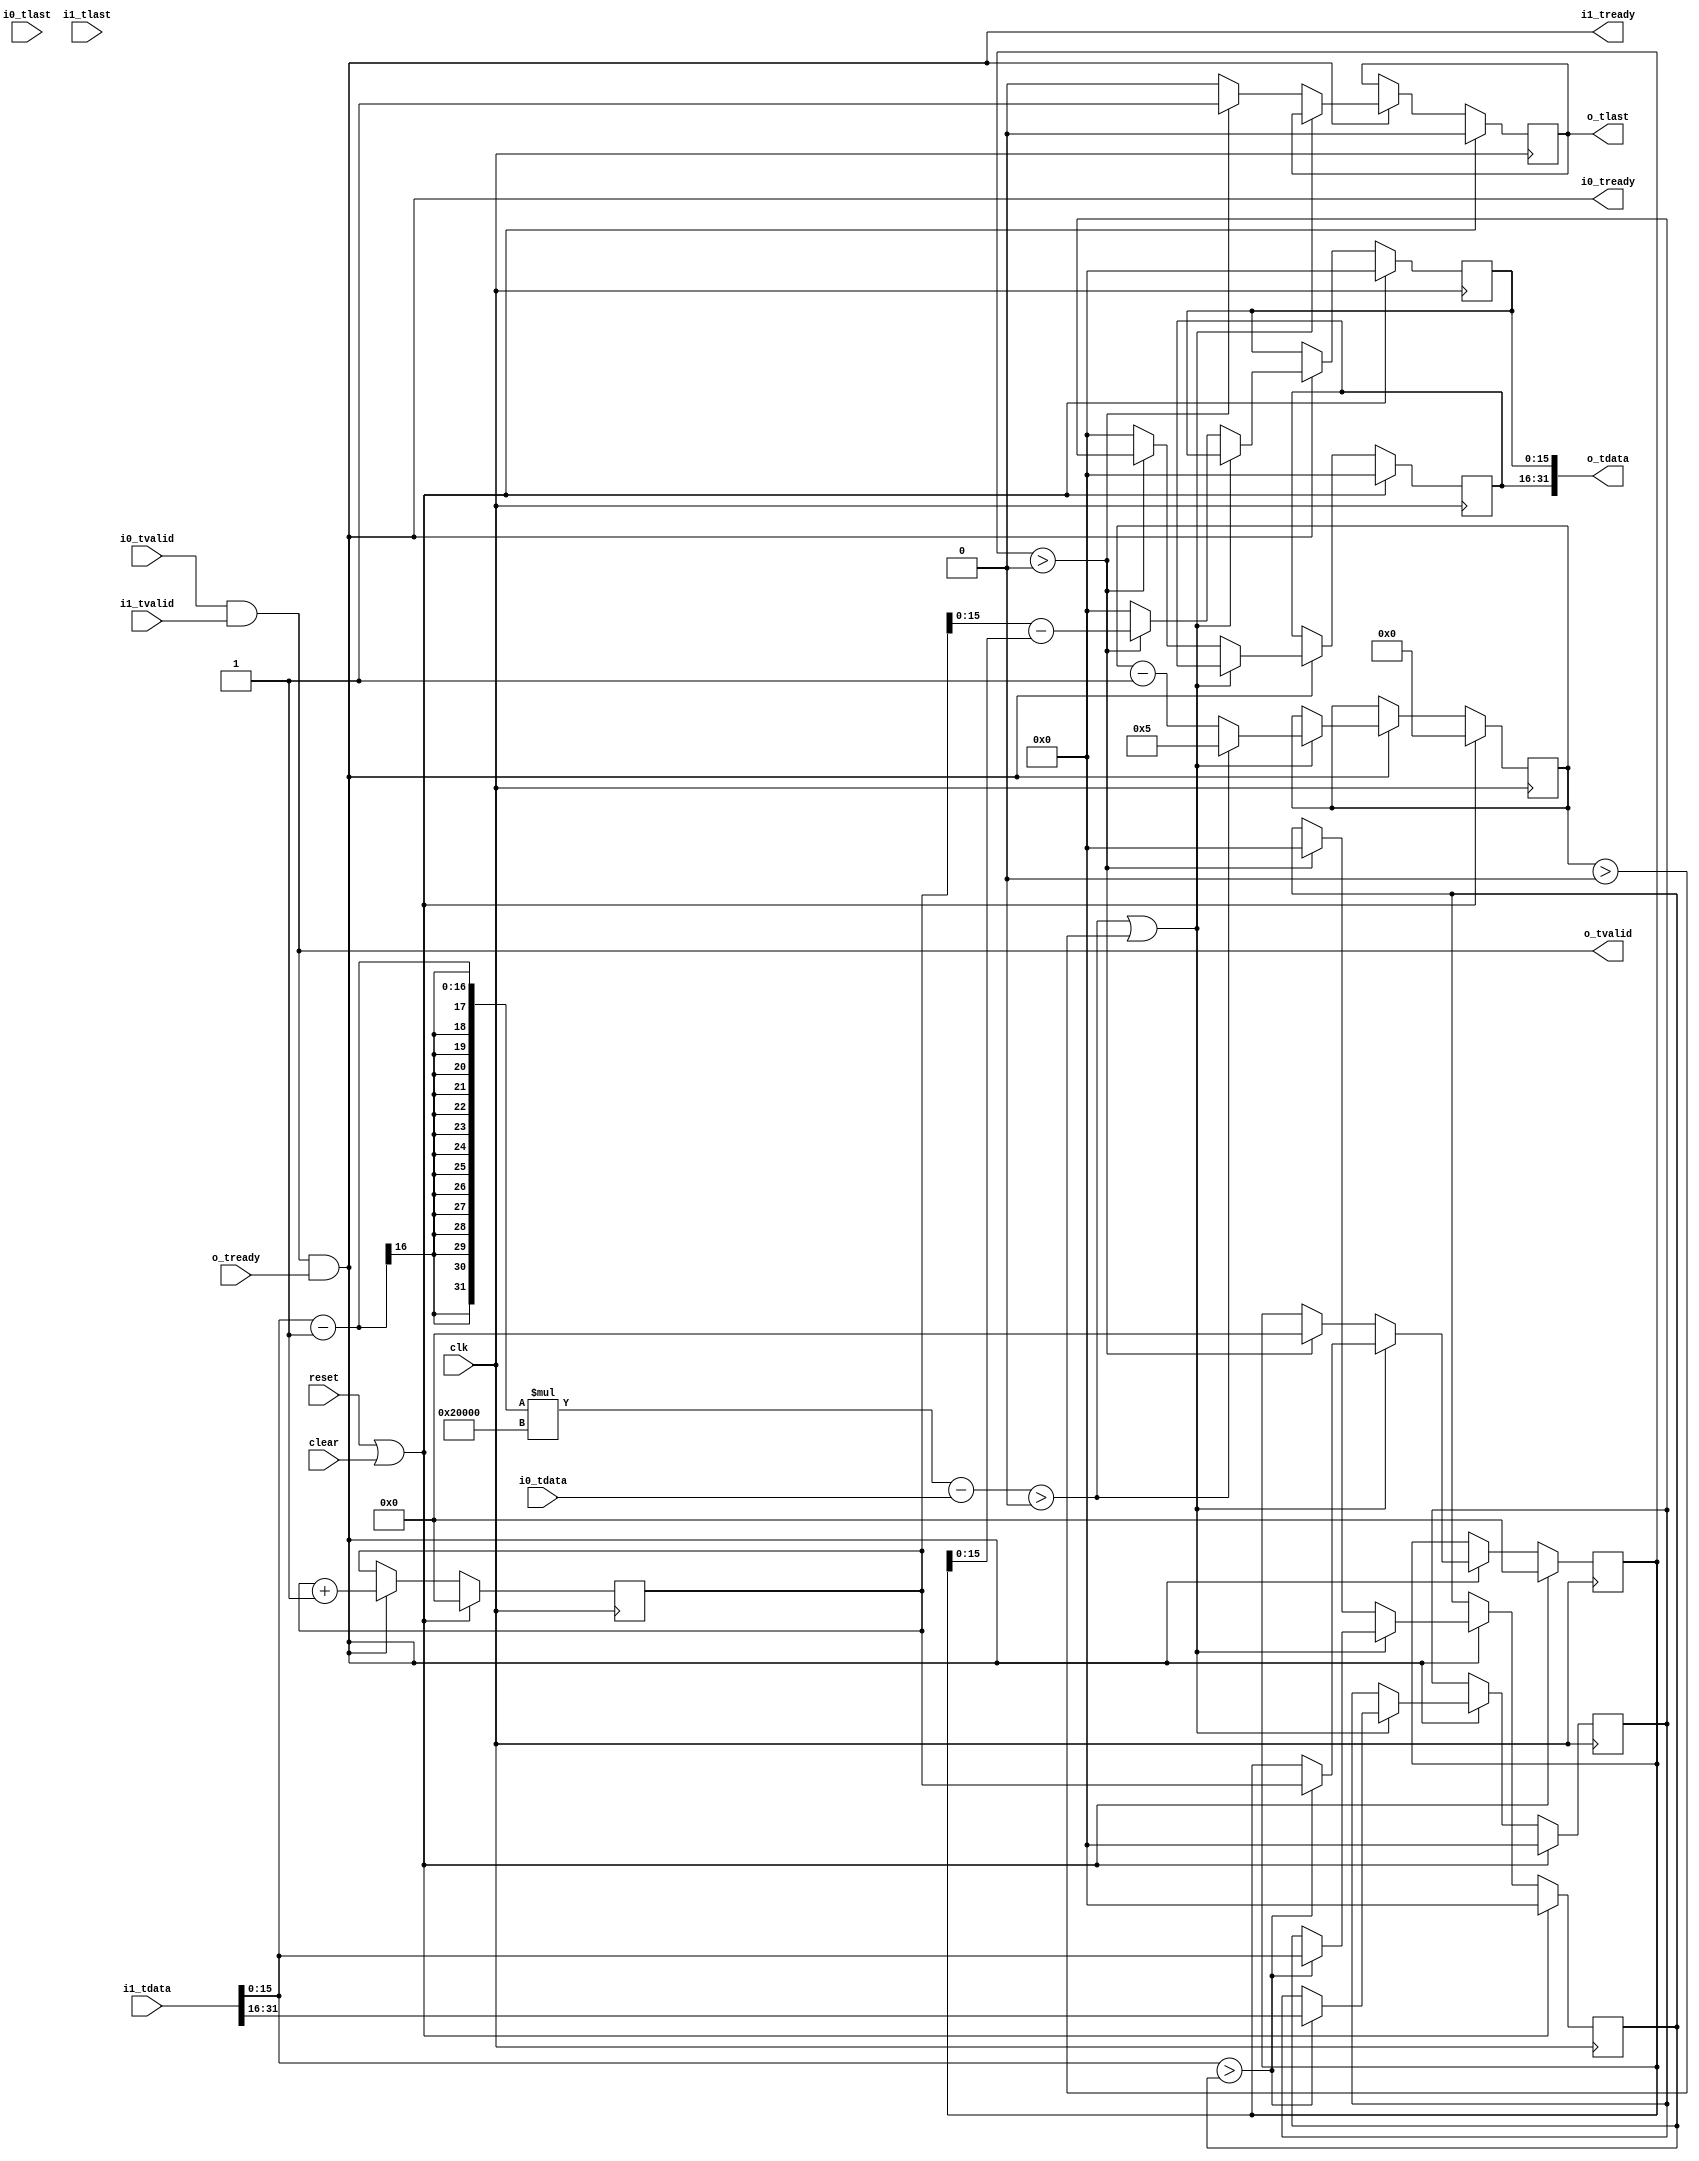
//
// Copyright 2014 Ettus Research LLC
//

module peak_finder
  #(parameter SCALAR=131072)
   (input clk, input reset, input clear,
    input [31:0] i0_tdata, input i0_tlast, input i0_tvalid, output i0_tready,        // power measurment
    input [31:0] i1_tdata, input i1_tlast, input i1_tvalid, output i1_tready,        // cross power mag/phase
    output [31:0] o_tdata, output o_tlast, output o_tvalid, input o_tready);

    wire [15:0] i_phase_tdata = i1_tdata[31:16];
    wire [15:0] i_mag_tdata = i1_tdata[15:0];

    // moved contents of threshold_scaled functionality here
    wire signed [31:0] scaled_input = (i_mag_tdata-1)*SCALAR;
    wire signed [31:0] difference = scaled_input - i0_tdata;
    wire thresh_met = difference > 0;

    // internal registers
    reg [63:0] counter;
    reg [7:0] debounce_counter;
    reg [15:0] max_val;
    reg [15:0] max_phase;
    reg [63:0] max_idx;

    // output registers
    reg found_burst;
    reg [15:0] burst_offset;
    reg [15:0] burst_phase;
   wire        do_op;

    // search for peaks durring (thresh_met = 1) periods
    // debounce the thresh_met line
    // send a notification and burst time/frequency downstream
    always @(posedge (clk))
        if(reset | clear)   
          begin
            counter <= 0;
            debounce_counter <= 0;
            max_val <= 0;
            max_phase <= 0;
            max_idx <= 0;
            found_burst <= 0;
            burst_offset <= 0;
            burst_phase <= 0;
          end
        else
            if(do_op)
              begin
                counter <= counter + 1;
                if(thresh_met | (debounce_counter > 0))
                  begin
                    if(thresh_met)
                        debounce_counter <= 5;
                    else
                        debounce_counter <= debounce_counter - 1;
                    if(i_mag_tdata > max_val)
                      begin
                        max_val <= i_mag_tdata;
                        max_phase <= i_phase_tdata;
                        max_idx <= counter;
                      end
                  end
                else
                  // we have concluded on a peak if max_idx > 0
                  if(max_idx > 0)
                    begin
                        found_burst <= 1;
                        burst_offset <= (counter - max_idx);
                        burst_phase <= max_phase;
                        max_val <= 0;
                        max_idx <= 0;
                    end
                  else
                    begin
                      found_burst <= 0;
                      burst_offset <= 0;
                      burst_phase <= 0;
                    end
              end

    assign o_tdata = {burst_phase, burst_offset};
    assign o_tlast = found_burst;

   assign do_op = (i0_tvalid & i1_tvalid & o_tready);
   
   assign o_tvalid = i0_tvalid & i1_tvalid;
   
    assign i0_tready = do_op;
    assign i1_tready = do_op;

endmodule // peak_finder